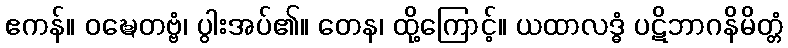
ဧကန်။ ဝဍ္ဎေတဗ္ဗံ၊ ပွါးအပ်၏။ တေန၊ ထို့ကြောင့်။ ယထာလဒ္ဓံ ပဋိဘာဂနိမိတ္တံ